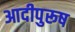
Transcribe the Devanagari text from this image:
आदीपुरूष